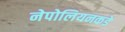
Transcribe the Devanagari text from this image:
नेपोलियनकडे